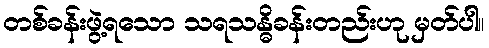
တစ်ခန်းဖွဲ့ရသော သရသန္ဓိခန်းတည်းဟု မှတ်ပါ။